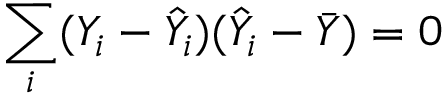
\sum _ { i } ( Y _ { i } - { \hat { Y } } _ { i } ) ( { \hat { Y } } _ { i } - { \bar { Y } } ) = 0